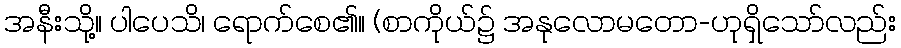
အနီးသို့။ ပါပေသိ၊ ရောက်စေ၏။ (စာကိုယ်၌ အနုလောမတော-ဟုရှိသော်လည်း